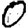
Digit: 0